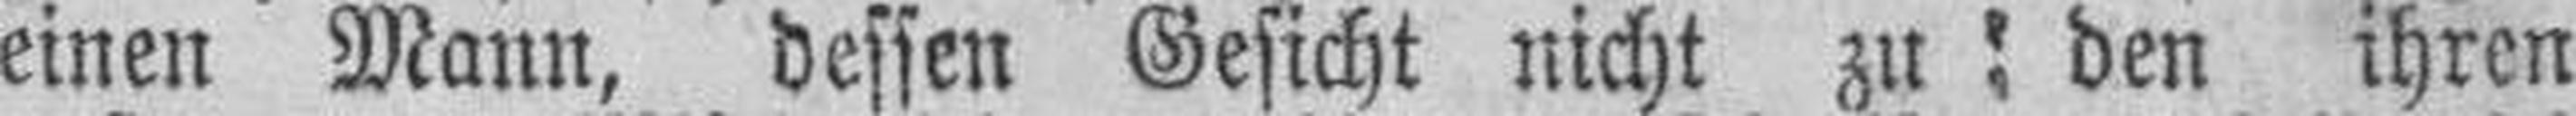
einen Mann, dessen Gesicht nicht zu : den ihren